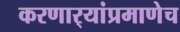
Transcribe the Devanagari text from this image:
करणार्‍यांप्रमाणेच